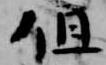
但